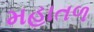
મહાતળ